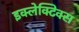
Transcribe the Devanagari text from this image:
इक्लेक्टिक्स